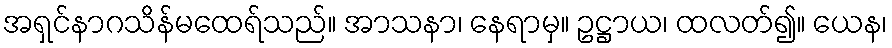
အရှင်နာဂသိန်မထေရ်သည်။ အာသနာ၊ နေရာမှ။ ဥဋ္ဌာယ၊ ထလတ်၍။ ယေန၊